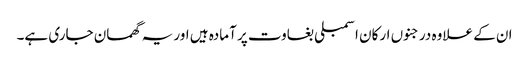
ان کے علاوہ درجنوں ارکان اسمبلی بغاوت پر آمادہ ہیں اور یہ گھمسان جاری ہے۔